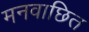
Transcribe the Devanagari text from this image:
मनवाछित